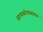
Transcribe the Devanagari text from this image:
स्वप्नबोधाबाबत